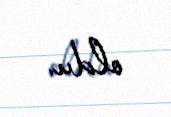
oldu.